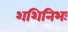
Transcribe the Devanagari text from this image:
शशिनिभः